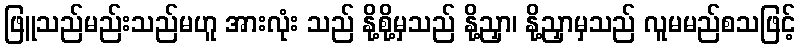
ဖြူသည်မည်းသည်မဟူ အားလုံး သည် နို့စို့မှသည် နို့ညှာ၊ နို့ညှာမှသည် လူမမည်စသဖြင့်